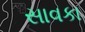
સાવકા